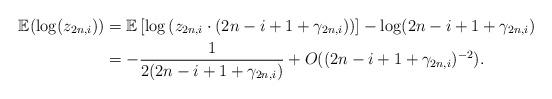
LaTeX: \begin{align*} \mathbb{E}(\log(z_{2n, i})) &= \mathbb{E}\left[\log \left(z_{2n, i}\cdot(2n - i + 1 + \gamma_{2n, i})\right) \right] - \log(2n - i + 1 + \gamma_{2n, i}) \\ &= -\frac{1}{2(2n - i + 1 + \gamma_{2n, i})} +O((2n - i + 1 + \gamma_{2n, i})^{-2}). \end{align*}